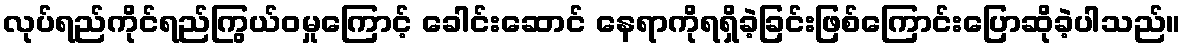
လုပ်ရည်ကိုင်ရည်ကြွယ်ဝမှုကြောင့် ခေါင်းဆောင် နေရာကိုရရှိခဲ့ခြင်းဖြစ်ကြောင်းပြောဆိုခဲ့ပါသည်။